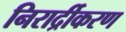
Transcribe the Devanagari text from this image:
निरार्द्रीकरण